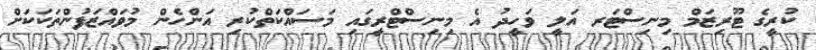
ކުރީގެ ޓޫރިޒަމް މިނިސްޓަރ އަލީ ވަހީދު އެ މިނިސްޓްރީގައި މަސައްކަތްކުރި އަންހެން މުވައްޒަފުންތަކަކަށް